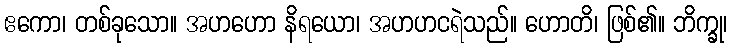
ဧကော၊ တစ်ခုသော။ အဟဟော နိရယော၊ အဟဟငရဲသည်။ ဟောတိ၊ ဖြစ်၏။ ဘိက္ခု၊